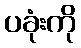
ပခုံးကို